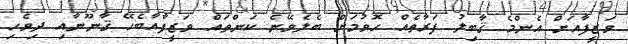
ވަޒީފާއަށް އެންމެ ޤާބިލު ފަރާތެއް ހޮވުމަށް ބެލެވޭނެ ކަންތައް ވަޒީފާއާބެހޭ ޤާނޫނާއި ދިވެހި